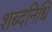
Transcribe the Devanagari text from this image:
शब्दनिधि